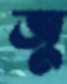
জু